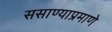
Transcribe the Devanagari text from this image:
ससाण्याप्रमाणे